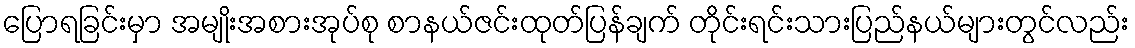
ပြောရခြင်းမှာ အမျိုးအစားအုပ်စု စာနယ်ဇင်းထုတ်ပြန်ချက် တိုင်းရင်းသားပြည်နယ်များတွင်လည်း